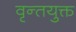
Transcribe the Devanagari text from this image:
वृन्तयुक्त